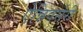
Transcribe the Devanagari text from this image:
ऐन्निवर्सरी